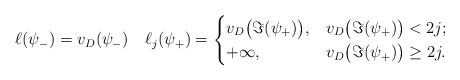
\begin{align*} \ell(\psi_-) = v_D(\psi_-) \quad \ell_j(\psi_+) = \begin{cases} v_D\bigl(\Im(\psi_+)\bigr), & v_D\bigl(\Im(\psi_+)\bigr) < 2j;\\ +\infty, & v_D\bigl(\Im(\psi_+)\bigr) \geq 2j . \end{cases}\end{align*}